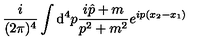
\frac { i } { ( 2 \pi ) ^ { 4 } } \int { \mathrm d } ^ { 4 } p \frac { i \hat { p } + m } { p ^ { 2 } + m ^ { 2 } } e ^ { i p ( x _ { 2 } - x _ { 1 } ) }